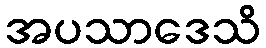
အပသာဒေသိ